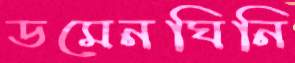
ডমেনঘিনি